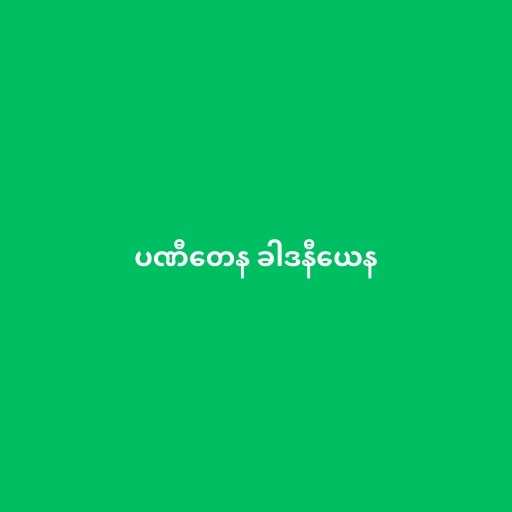
ပဏီတေန ခါဒနီယေန